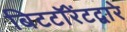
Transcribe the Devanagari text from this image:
बिटटॉरेंटद्वारे